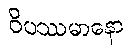
ဝိပဿမာနော